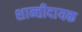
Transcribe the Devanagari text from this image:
शान्तीदायक